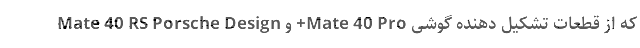
که از قطعات تشکیل دهنده گوشی Mate 40 Pro+ و Mate 40 RS Porsche Design